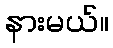
နားမယ်။